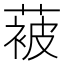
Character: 𮶮